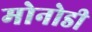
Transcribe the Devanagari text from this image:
मोनोडी